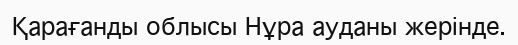
Қарағанды облысы Нұра ауданы жерінде.